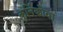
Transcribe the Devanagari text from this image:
कुर्निकोवा